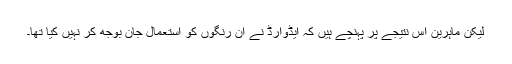
لیکن ماہرین اس نتیجے پر پہنچے ہیں کہ ایڈوارڈ نے ان رنگوں کو استعمال جان بوجھ کر نہیں کیا تھا۔